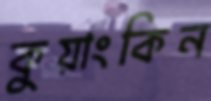
কুয়াংকিন